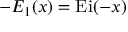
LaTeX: - E _ { 1 } ( x ) = \operatorname { E i } ( - x )